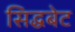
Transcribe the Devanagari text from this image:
सिद्धबेट